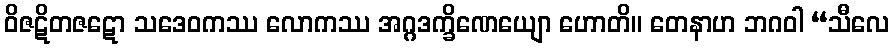
ဝိဇဋိတဇဋော သဒေဝကဿ လောကဿ အဂ္ဂဒက္ခိဏေယျော ဟောတိ။ တေနာဟ ဘဂဝါ “သီလေ